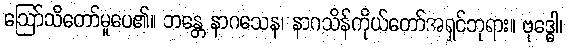
ဩော်သိတော်မူပေ၏။ ဘန္တေ နာဂသေန၊ နာဂသိန်ကိုယ်တော်အရှင်ဘုရား။ ဗုဒ္ဓေါ၊